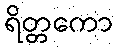
ရိတ္တကော